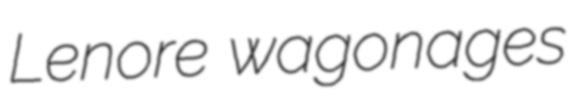
Lenore wagonages